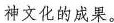
神文化的成果。